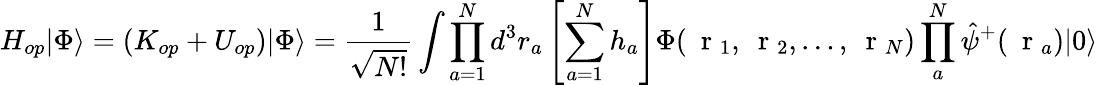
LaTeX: H_{op}|\Phi\rangle=(K_{op}+U_{op})|\Phi\rangle=\frac{1}{\sqrt{N!}}\int\prod_{a=1}^{N}d^{3}r_{a}\left[\sum_{a=1}^{N}h_{a}\right]\Phi(\mathrm{~\mathbf~r~}_{1},\mathrm{~\mathbf~r~}_{2},\dots,\mathrm{~\mathbf~r~}_{N})\prod_{a}^{N}\hat{\psi}^{+}(\mathrm{~\mathbf~r~}_{a})|0\rangle